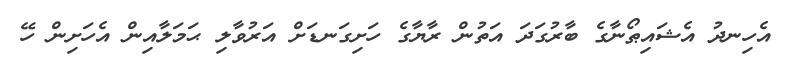
އެހިނދު އެޝައިޠޯނާގެ ބާރުގަދަ އަތުން ރާޔާގެ ހަށިގަނޑަށް އަރުވާލި ޙަމަލާއިން އެހަށިން ހޭ